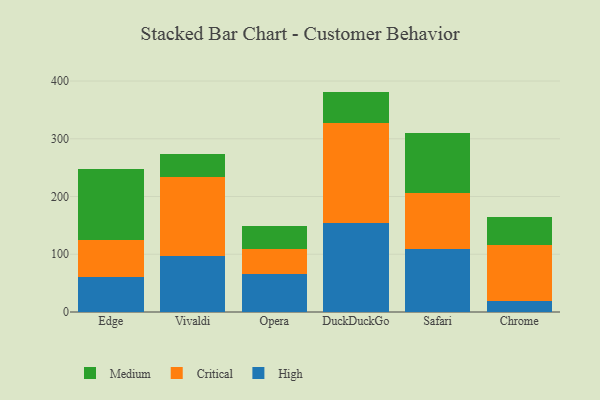
{"axis": {"x": "Browser", "y": "Churn Rate (%)"}, "legend": ["Critical", "High", "Medium"], "data": [{"x": "Edge", "y": 60.4, "type": "High"}, {"x": "Edge", "y": 64.8, "type": "Critical"}, {"x": "Edge", "y": 123.1, "type": "Medium"}, {"x": "Vivaldi", "y": 97.3, "type": "High"}, {"x": "Vivaldi", "y": 136.9, "type": "Critical"}, {"x": "Vivaldi", "y": 39.6, "type": "Medium"}, {"x": "Opera", "y": 66.1, "type": "High"}, {"x": "Opera", "y": 43.5, "type": "Critical"}, {"x": "Opera", "y": 39.4, "type": "Medium"}, {"x": "DuckDuckGo", "y": 154.9, "type": "High"}, {"x": "DuckDuckGo", "y": 171.9, "type": "Critical"}, {"x": "DuckDuckGo", "y": 54.9, "type": "Medium"}, {"x": "Safari", "y": 109.5, "type": "High"}, {"x": "Safari", "y": 96.1, "type": "Critical"}, {"x": "Safari", "y": 104.1, "type": "Medium"}, {"x": "Chrome", "y": 19.4, "type": "High"}, {"x": "Chrome", "y": 97.0, "type": "Critical"}, {"x": "Chrome", "y": 48.0, "type": "Medium"}]}